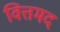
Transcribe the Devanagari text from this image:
वित्तमद